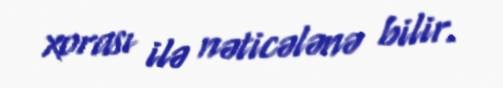
xorası ilə nəticələnə bilir.